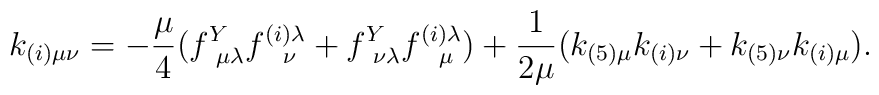
k_{(i)\mu\nu} = -{\mu\over 4}(f^Y_{~\mu\lambda}f^{(i)\lambda}_{~~\nu} +f^Y_{~\nu\lambda}f^{(i)\lambda}_{~~\mu})+{1\over 2\mu}(k_{(5)\mu}k_{(i)\nu} +k_{(5)\nu}k_{(i)\mu}).